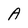
Character: A